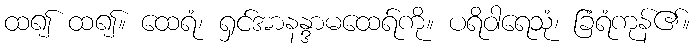
ထ၍ ထ၍။ ထေရံ၊ ရှင်အာနန္ဒာမထေရ်ကို။ ပရိဝါရေသုံ၊ ခြံရံကုန်၏။